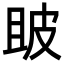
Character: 𤿚